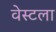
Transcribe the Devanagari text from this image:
वेस्टला